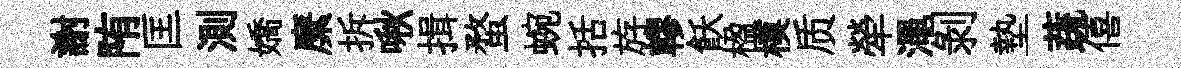
謝陏匡測嬌縻拆啾揖蝥蜿括斿轇飫楹模质犖澠剥墊蔬僖